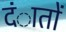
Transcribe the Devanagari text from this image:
दंातों